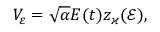
V _ { \varepsilon } = \sqrt { \alpha } E ( t ) z _ { \varkappa } ( \mathcal { E } ) ,